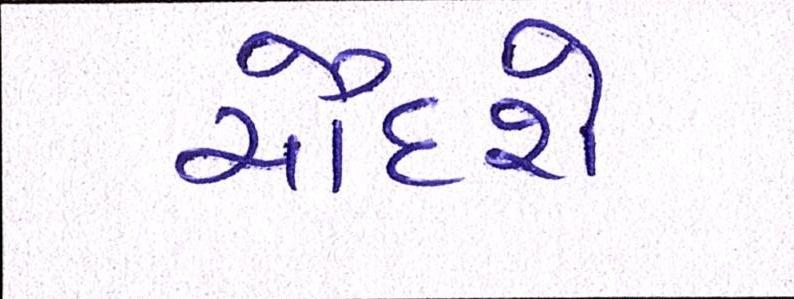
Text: ચૌદશે